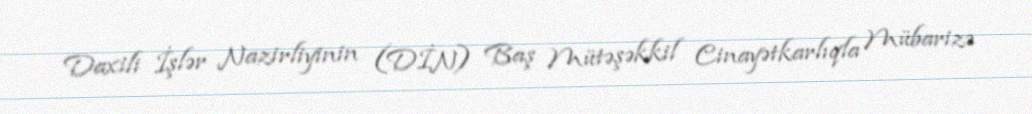
Daxili İşlər Nazirliyinin (DİN) Baş Mütəşəkkil Cinayətkarlıqla Mübarizə